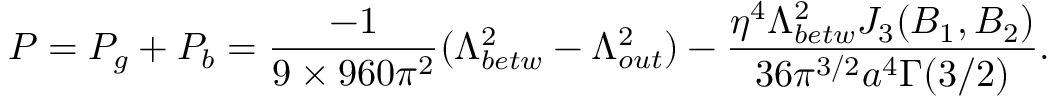
P = P _ { g } + P _ { b } = \frac { - 1 } { 9 \times 9 6 0 \pi ^ { 2 } } ( \Lambda _ { b e t w } ^ { 2 } - \Lambda _ { o u t } ^ { 2 } ) - \frac { \eta ^ { 4 } \Lambda _ { b e t w } ^ { 2 } J _ { 3 } ( B _ { 1 } , B _ { 2 } ) } { 3 6 \pi ^ { 3 / 2 } a ^ { 4 } \Gamma ( 3 / 2 ) } .